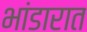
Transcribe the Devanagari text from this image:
भांडारात